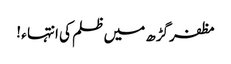
مظفرگڑھ میں ظلم کی انتہا ء !